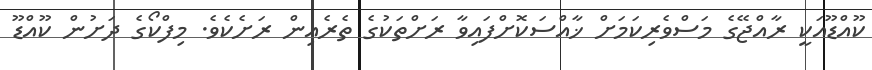
ކޫއްޑޫއަކީ ރާއްޖޭގެ މަސްވެރިކަމަށް ޚާއްސަކޮށްފައިވާ ރަށްތަކުގެ ތެރެއިން ރަށެކެވެ. މިފްކޯގެ ދަށުން ކޫއްޑޫ